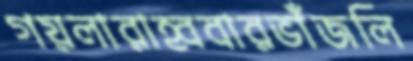
গয়লারাহ্ববারভাঁজলি